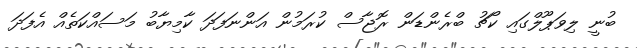
ބުނީ ލިވަޕޫލްގައި ކޯޗު ބްރެންޑަން ރޮޖާސް ކުރަމުން އަންނަފަދަ ކާމިޔާބު މަސައްކަތެއް އެފަދަ